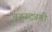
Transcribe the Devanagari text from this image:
बहुउद्द्यमी